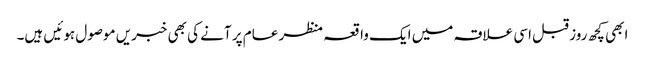
ابھی کچھ روز قبل اسی علاقہ میں ایک واقعہ منظر عام پر آنے کی بھی خبریں موصول ہوئیں ہیں۔